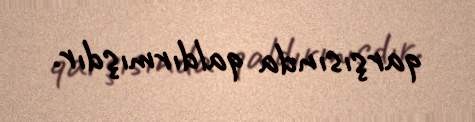
qarşısında qaldırmışdır.